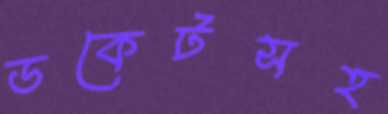
ডকেটসহ